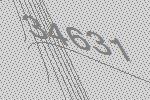
34631